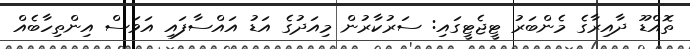
ތޮއްޑޫ ދާއިރާގެ މެންބަރު ޓީޖެޓީގައި: ސަރުކާރުން މިއަދުގެ އަޑު އައްސާފައި އަވަސް އިންތިހާބެއް